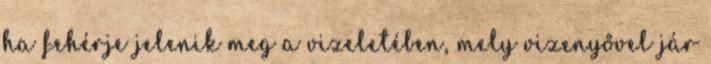
ha fehérje jelenik meg a vizeletében, mely vizenyővel jár